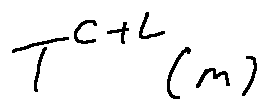
T ^ { c + L } ( m )